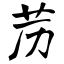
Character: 苈